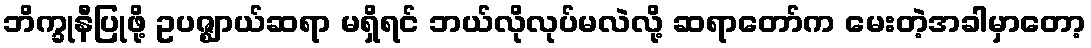
ဘိက္ခုနီပြုဖို့ ဥပဇ္ဈာယ်ဆရာ မရှိရင် ဘယ်လိုလုပ်မလဲလို့ ဆရာတော်က မေးတဲ့အခါမှာတော့